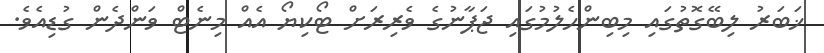
ޚަބަރު ލިބޭގޮތުގައި މިބިންހެލުމުގައި ޖަޕާނުގެ ވެރިރަށް ޓޯކިޔޯ އެއް މިނެޓް ވަންދެން ގުޑިއެވެ.